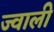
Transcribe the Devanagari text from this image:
ज्वाली